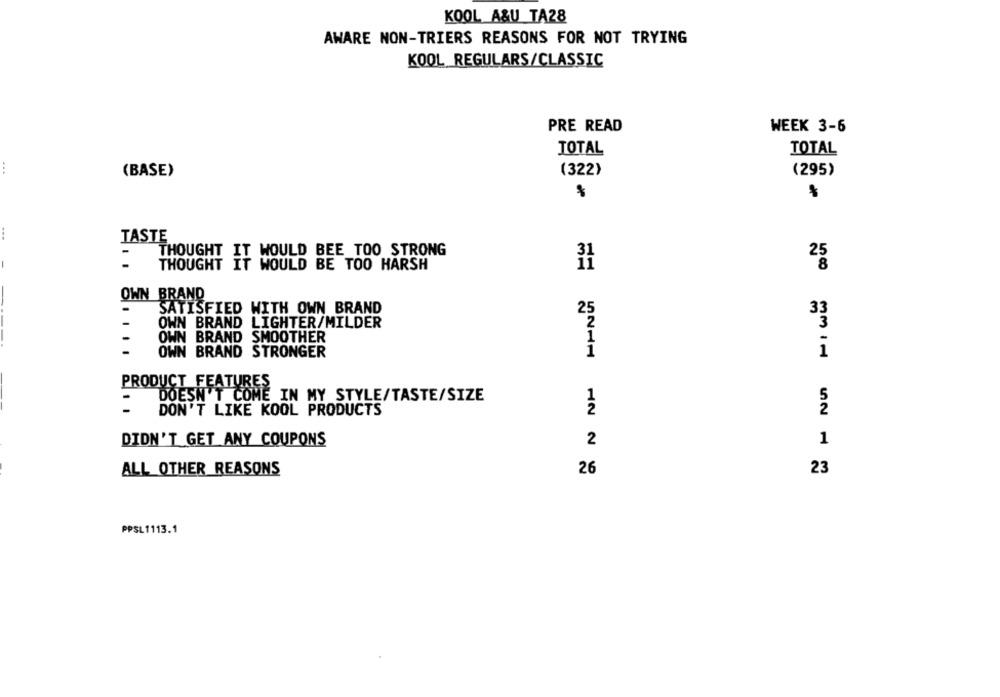
KOOL A&U TA28
AWARE NON-TRIERS REASONS FOR NOT TRYING
KOOL REGULARS/CLASSIC
PRE READ
WEEK 3-6
TOTAL
TOTAL
...
(BASE)
(322)
(295)
TASTE
THOUGHT
WOULD BEE TOO STRONG
-
it
25
THOUGHT
WOULD BE TOO HARSH
OWN BRAND
-
SATISFIED
WITH OWN BRAND
25
33
-
OWN BRAND LIGHTER/MILDER
2
3
-
OWN
BRAND SMOOTHER
OWN BRAND STRONGER
1
1
PRODUCT FEATURES
1
DOESN'T COME IN MY STYLE/TASTE/SIZE
DON'T LIKE KOOL PRODUCTS
2
2
DIDN'T GET ANY COUPONS
2
1
ALL OTHER REASONS
26
23
PPSL1113.1